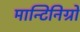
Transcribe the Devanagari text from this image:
मान्टिनिग्रो